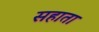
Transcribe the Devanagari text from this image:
सहाता